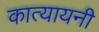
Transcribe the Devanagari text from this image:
कात्‍यायनी